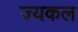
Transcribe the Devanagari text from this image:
ज्यकल